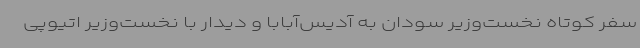
سفر کوتاه نخست‌وزیر سودان به آدیس‌آبابا و دیدار با نخست‌وزیر اتیوپی